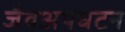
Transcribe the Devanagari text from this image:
जैवअपघटन